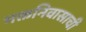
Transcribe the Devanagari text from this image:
भक्तनिवासाची